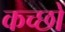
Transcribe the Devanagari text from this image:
कच्छों